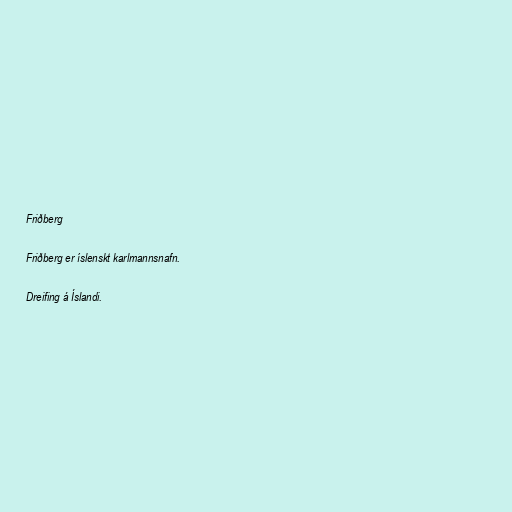
Friðberg

Friðberg er íslenskt karlmannsnafn.

Dreifing á Íslandi.